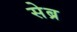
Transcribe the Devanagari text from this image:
सेब्र